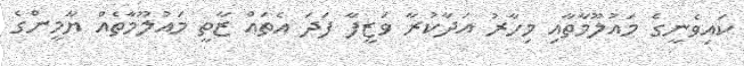
ކައިވެނީގެ މައުލޫމާތާއި މިހާރު އަދާކުރާ ވަޒީފާ ފަދަ އެތައް ޒާތީ މައުލޫމާތެއް ޔާމީންގެ